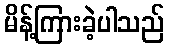
မိန့်ကြားခဲ့ပါသည်